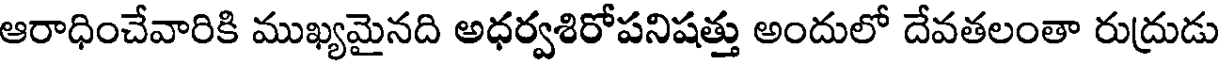
ఆరాధించేవారికి ముఖ్యమైనది అధర్వశిరోపనిషత్తు అందులో దేవతలంతా రుద్రుడు